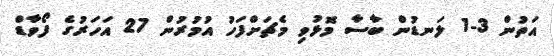
އަތުން 3-1 ލަނޑުން ބާސާ މޮޅުވި މެޗަށްފަހު އުމުރުން 27 އަހަރުގެ ފޯވާޑް